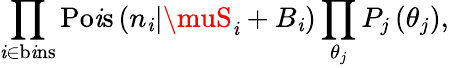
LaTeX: \prod_{\mathit{i}\in\mathrm{{b\mathit{i}ns}}}\mathrm{{Po\mathit{i}s}}\left(n_{\mathit{i}}|\muS_{\mathit{i}}+B_{\mathit{i}}\right)\prod_{\theta_{j}}P_{j}\left(\theta_{j}\right),